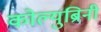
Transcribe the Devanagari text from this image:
कोल्युब्रिनी